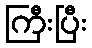
ကြီးပြီး